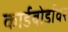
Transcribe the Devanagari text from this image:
कार्डबोर्डावर